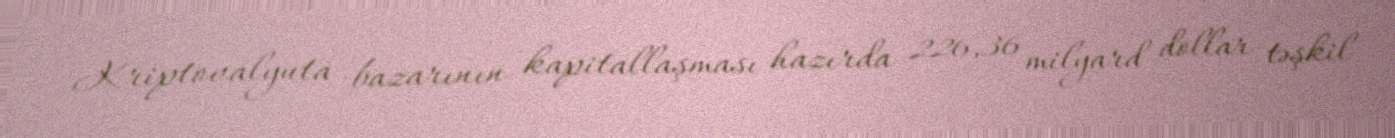
Kriptovalyuta bazarının kapitallaşması hazırda 226,36 milyard dollar təşkil